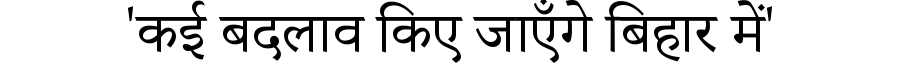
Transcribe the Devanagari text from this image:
'कई बदलाव किए जाएँगे बिहार में'